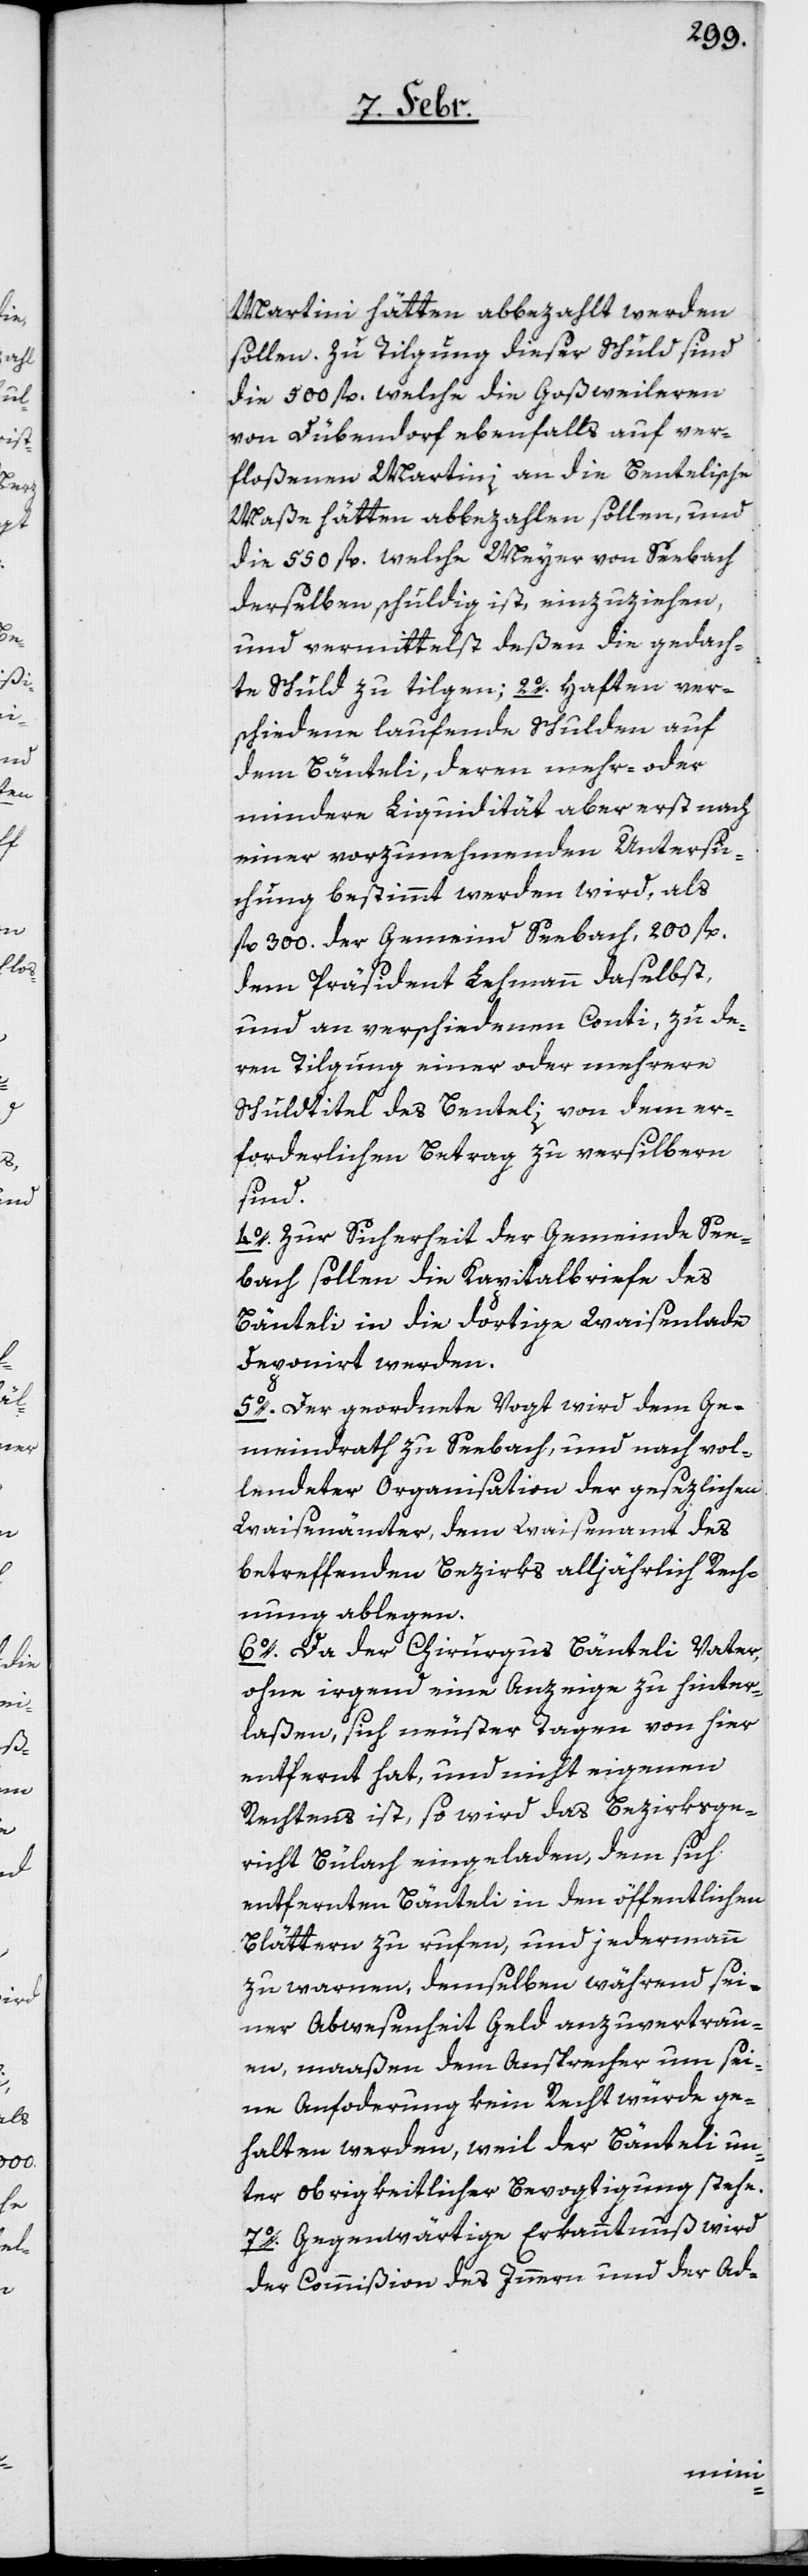
Martini hätten abbezahlt werden
sollen. Zu Tilgung dieser Schuld sind
die 500 fl., welche die Goßweileren
von Dübendorf ebenfalls auf ver¬
floßenen Martini an die Bentelische
Maße hätten abbezahlen sollen, und
die 550 fl., welche Meyer von Seebach
derselben schuldig ist, einzuziehen,
und vermittelst deßen die gedach¬
te Schuld zu tilgen; 2o. Haften ver¬
schiedene laufende Schulden auf
dem Bänteli, deren mehr- oder
mindere Liquidität aber erst nach
einer vorzunehmenden Untersu¬
chung bestimmt werden wird, als
fl. 300. der Gemeind Seebach, 200 fl.
dem Präsident Lehmann daselbst,
und an verschiedene Conti, zu de¬
ren Tilgung einer oder mehrere
Schuldtitel des Benteli von dem er¬
forderlichen Betrag zu versilbern
sind.
4o. Zur Sicherheit der Gemeinde See¬
bach sollen die Kapitalbriefe des
Bänteli in die dortige Waisenlade
deponirt werden.
5o. Der geordnete Vogt wird dem Ge¬
meindrath zu Seebach, und nach vol¬
lendeter Organisation der gesezlichen
Waisenämter, dem Waisenamt des
betreffenden Bezirks alljährlich Rech¬
nung ablegen.
6o. Da der Chirurgus Bänteli Vater,
ohne irgend eine Anzeige zu hinter¬
laßen, sich neuster Tagen von hier
entfernt hat, und nicht eigenen
Rechtens ist, so wird das Bezirksge¬
richt Bülach eingeladen, dem sich
entfernten Bänteli in den öffentlichen
Blättern zu rufen, und jedermann
zu warnen, demselben während sei¬
ner Abwesenheit Geld anzuvertrau¬
en, maaßen dem Ansprecher um sei¬
ne Anforderung kein Recht würde ge¬
halten werden, weil der Bänteli un¬
ter obrigkeitlicher Bevogtigung stehe.
7o. Gegenwärtige Erkanntnuß wird
der Commißion des Innern und der Ad-